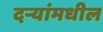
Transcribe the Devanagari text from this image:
दर्‍यांमधील